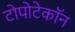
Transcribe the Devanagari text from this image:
टोपोटेकॉन